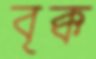
বৃক্ক